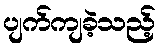
ပျက်ကျခဲ့သည့်